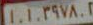
١١.١.٣۹۷۸.۲